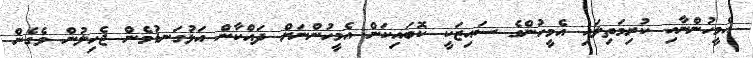
އެމީހުންނާއި ކުރިމަތިލައި އެމީހުންގެ ސައިޒަކީ ކޮބައިކަން އެމީހުންނަށް ދައްކާން އަޅުގަނޑުމެން ޖެހިލުން ވެގެން